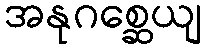
အနုဂစ္ဆေယျ